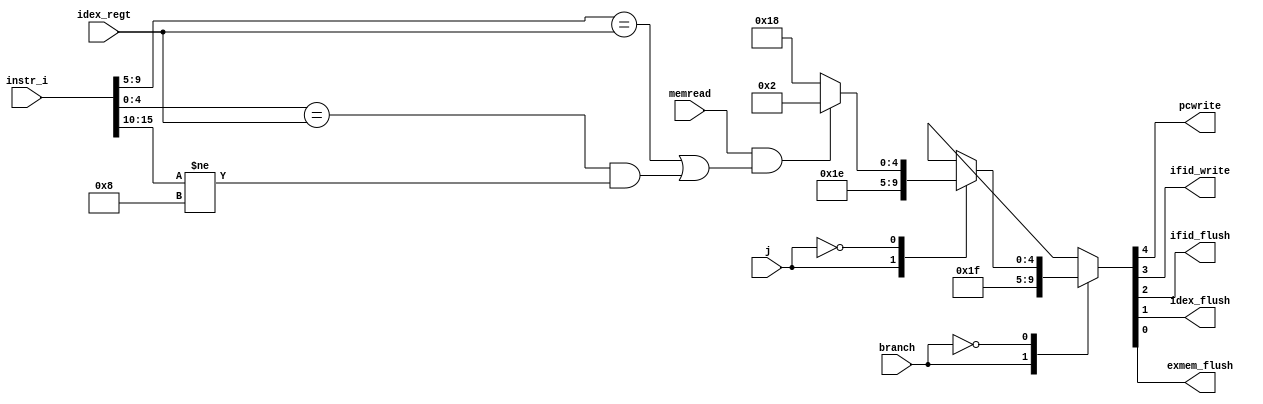
//////////////////////////////////////////////////////////////////////////////////
// Company:
// Engineer:
//
// Create Date:
// Design Name:
// Module Name:    Hazard
// Project Name:
// Target Devices:
// Tool versions:
// Description:
//
// Dependencies:
//
// Revision:
// Revision
// Additional Comments:
//
//////////////////////////////////////////////////////////////////////////////////
module Hazard
(
    memread,
    instr_i,
    idex_regt,
    branch,
    j,
    pcwrite,
    ifid_write,
    ifid_flush,
    idex_flush,
    exmem_flush
);

input       memread;
input [15:0]instr_i;
input [4:0] idex_regt;
input       branch;
input       j;
output      pcwrite;
output      ifid_write;
output      ifid_flush;
output      idex_flush;
output      exmem_flush;

reg [4:0] control_o;

assign {pcwrite, ifid_write, ifid_flush, idex_flush, exmem_flush} = control_o;

always@(*) begin
    case(branch)
        1'b1: control_o <= 5'b11111;
        1'b0: begin
            case(j)
                1'b1: control_o <= 5'b11110;
                1'b0: begin
                    if(memread == 1'b1 && (instr_i[9:5] == idex_regt || (instr_i[4:0] == idex_regt && instr_i[15:10] != 6'b001000)))
                        control_o <= 5'b00010;
                    else
                        control_o <= 5'b11000;
                end
            endcase
        end
    endcase
end

endmodule